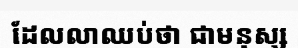
ដែលលាឈប់ថា ជាមនុស្ស